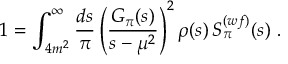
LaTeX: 1 = \int _ { 4 m ^ { 2 } } ^ { \infty } \frac { d s } { \pi } \left( \frac { G _ { \pi } ( s ) } { s - \mu ^ { 2 } } \right) ^ { 2 } \rho ( s ) \, S _ { \pi } ^ { ( w f ) } ( s ) \ .